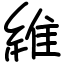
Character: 維